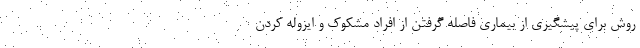
روش برای پیشگیری از بیماری فاصله گرفتن از افراد مشکوک و ایزوله کردن